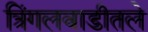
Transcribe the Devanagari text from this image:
त्रिंगलवाडीतले